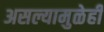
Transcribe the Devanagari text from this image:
असल्यामुळेही